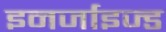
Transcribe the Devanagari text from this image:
इनर्जाइज्ड